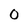
Character: 0